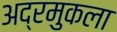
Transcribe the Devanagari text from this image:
अद्रमुकला